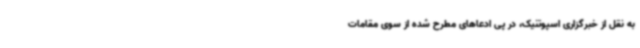
به نقل از خبرگزاری اسپوتنیک، در پی ادعاهای مطرح شده از سوی مقامات